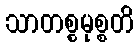
သာတစ္စမုစ္စတိ